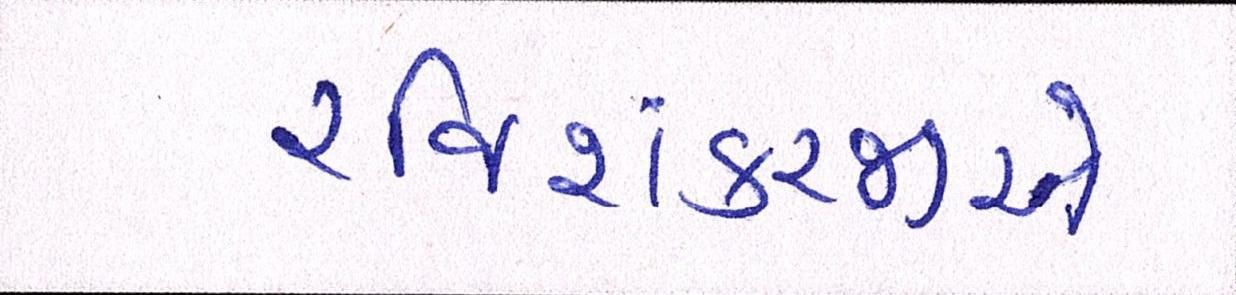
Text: રવિશંકરજીએ